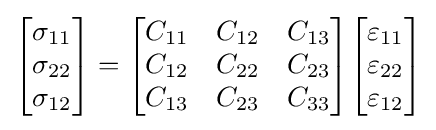
{\begin{bmatrix}\sigma _{11}\\\sigma _{22}\\\sigma _{12}\end{bmatrix}}={\begin{bmatrix}C_{11}&C_{12}&C_{13}\\C_{12}&C_{22}&C_{23}\\C_{13}&C_{23}&C_{33}\end{bmatrix}}{\begin{bmatrix}\varepsilon _{11}\\\varepsilon _{22}\\\varepsilon _{12}\end{bmatrix}}